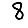
Digit: 8